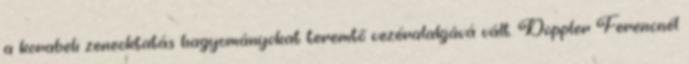
a korabeli zeneoktatás hagyományokat teremtő vezéralakjává vált. Doppler Ferencnél